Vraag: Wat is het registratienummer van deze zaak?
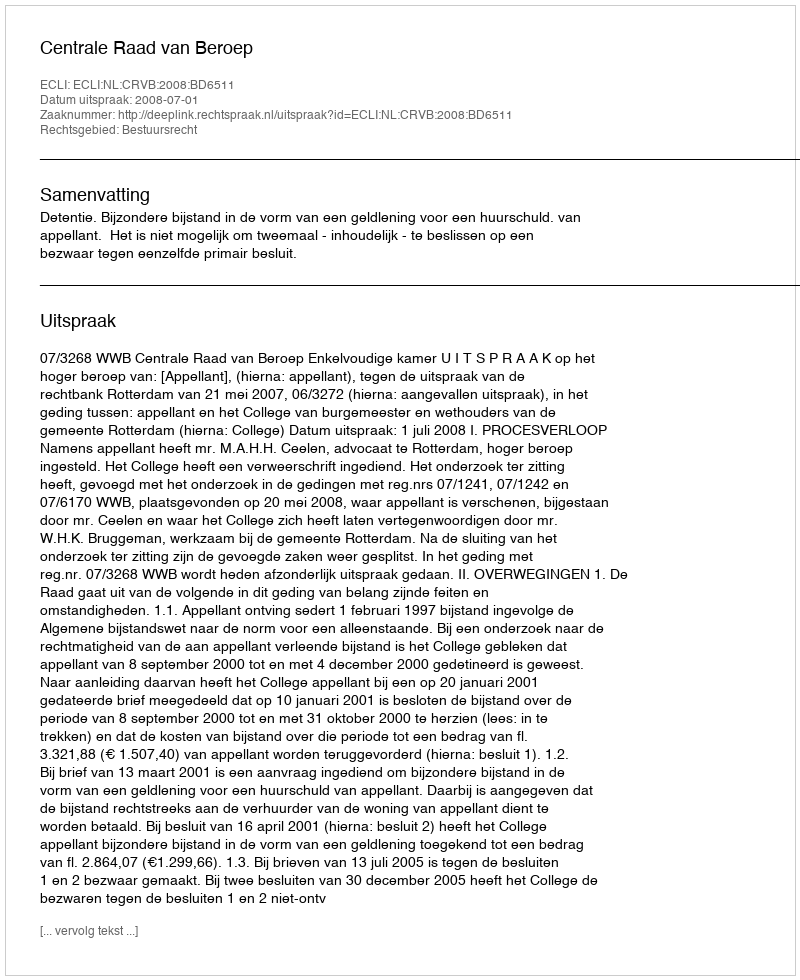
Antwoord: http://deeplink.rechtspraak.nl/uitspraak?id=ECLI:NL:CRVB:2008:BD6511